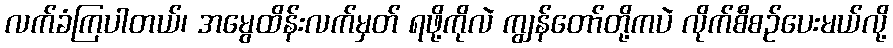
လက်ခံကြပါတယ်၊ အမွေထိန်းလက်မှတ် ရဖို့ကိုလဲ ကျွန်တော်တို့ကပဲ လိုက်စီစဉ်ပေးမယ်လို့